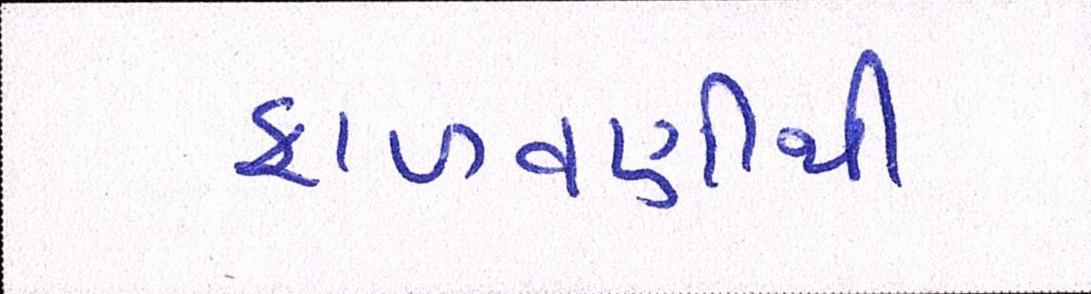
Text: ફાળવણીથી